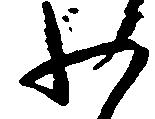
わ